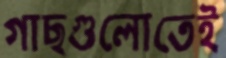
গাছগুলোতেই